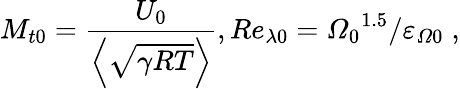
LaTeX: {{M}_{t0}}=\frac{{{U}_{0}}}{\left\langle\sqrt{\gamma RT}\right\rangle},R{{e}_{\lambda 0}}={{{\varOmega}_{0}}^{1.5}}/{{{\varepsilon}_{\varOmega 0}}}\; ,